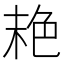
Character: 𦫕